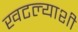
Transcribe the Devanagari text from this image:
खटल्याशी